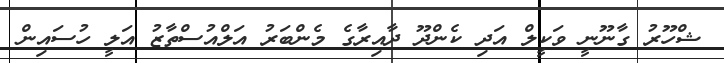
ޝްހޫރު ގާނޫނީ ވަކީލް އަދި ކެންދޫ ދާއިރާގެ މެންބަރު އަލްއުސްތާޒު އަަލީ ހުސައިން